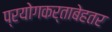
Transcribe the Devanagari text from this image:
प्रयोगकर्ताबेहतर